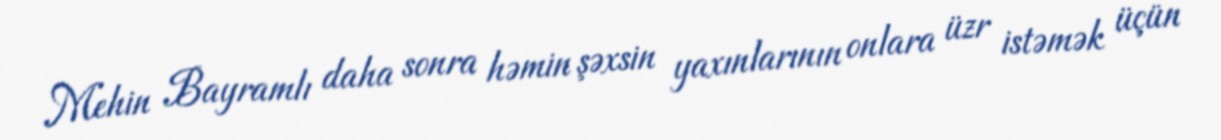
Mehin Bayramlı daha sonra həmin şəxsin yaxınlarının onlara üzr istəmək üçün